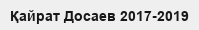
Қайрат Досаев 2017-2019